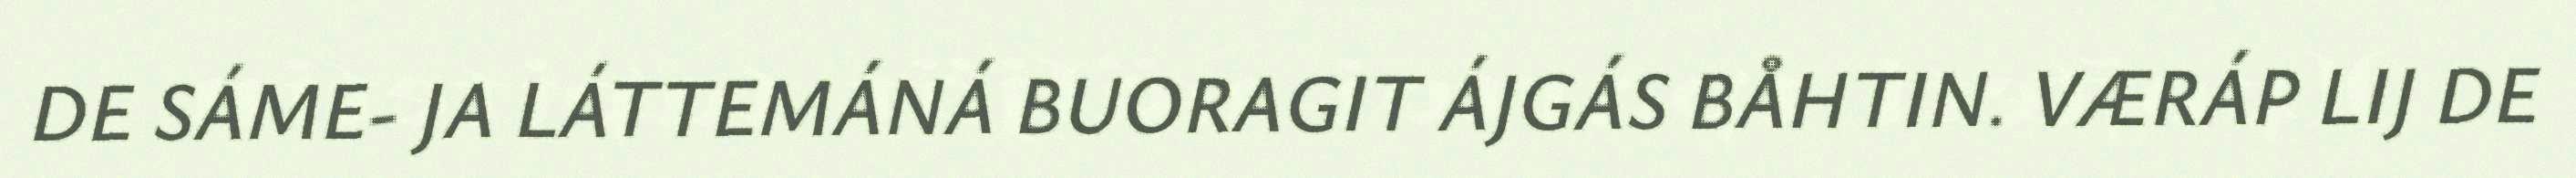
DE SÁME- JA LÁTTEMÁNÁ BUORAGIT ÁJGÁS BÅHTIN. VÆRÁP LIJ DE